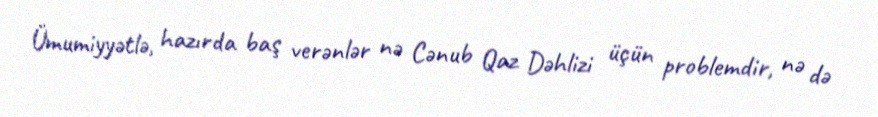
Ümumiyyətlə, hazırda baş verənlər nə Cənub Qaz Dəhlizi üçün problemdir, nə də